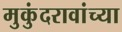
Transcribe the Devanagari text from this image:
मुकुंदरावांच्या